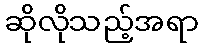
ဆိုလိုသည့်အရာ